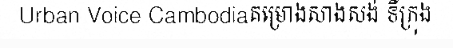
Urban Voice Cambodiaគម្រោងសាងសង់ ទីក្រុង